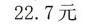
22.7元